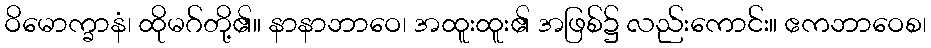
ဝိမောက္ခာနံ၊ ထိုမဂ်တို့၏။ နာနာဘာဝေ၊ အထူးထူး၏ အဖြစ်၌ လည်းကောင်း။ ဧကဘာဝေစ၊